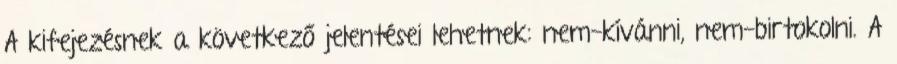
A kifejezésnek a következő jelentései lehetnek: nem-kívánni, nem-birtokolni. A